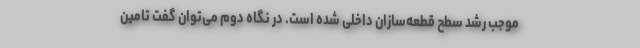
موجب رشد سطح قطعه‌سازان داخلی شده است. در نگاه دوم می‌توان گفت تامین